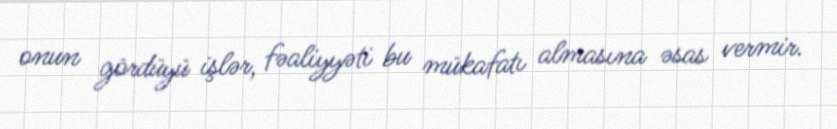
onun gördüyü işlər, fəaliyyəti bu mükafatı almasına əsas vermir.